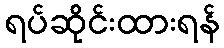
ရပ်ဆိုင်းထားရန်